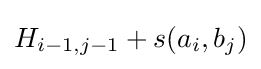
H_{i-1,j-1}+s(a_{i},b_{j})